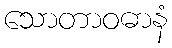
သောတာဝဓာနံ